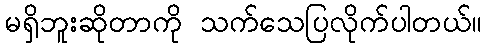
မရှိဘူးဆိုတာကို သက်သေပြလိုက်ပါတယ်။